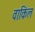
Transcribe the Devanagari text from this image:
वाकिल